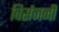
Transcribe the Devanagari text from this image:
विर्सजनी